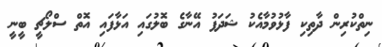
ނިތްކުރިން ދާތިކި ފާޅުވުމާއެކު ޝަދަފު އޭނާގެ ބޮލުގައި އަޅާފައި އޮތް ސްލޯޗީ ބީނީ